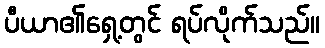
ပီယာ၏ရှေ့တွင် ရပ်လိုက်သည်။